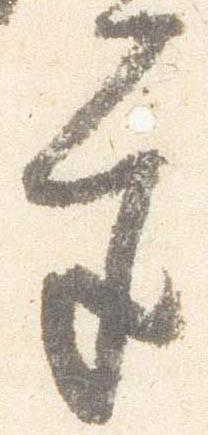
宮